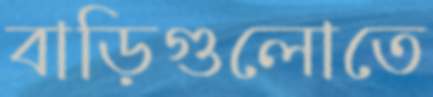
বাড়িগুলোতে